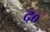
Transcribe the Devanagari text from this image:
द०